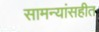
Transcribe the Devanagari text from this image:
सामन्यांसहीत